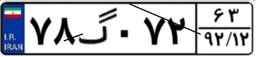
۸۰گ۶۱۹۹۳